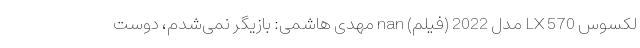
لکسوس LX 570 مدل 2022 (فیلم) nan مهدی هاشمی: بازیگر نمی‌شدم، دوست